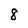
Character: 8